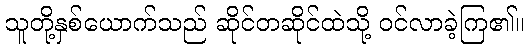
သူတို့နှစ်ယောက်သည် ဆိုင်တဆိုင်ထဲသို့ ဝင်လာခဲ့ကြ၏။